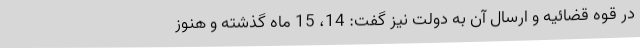
در قوه قضائیه و ارسال آن به دولت نیز گفت: 14، 15 ماه گذشته و هنوز